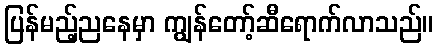
ပြန်မည့်ညနေမှာ ကျွန်တော့်ဆီရောက်လာသည်။